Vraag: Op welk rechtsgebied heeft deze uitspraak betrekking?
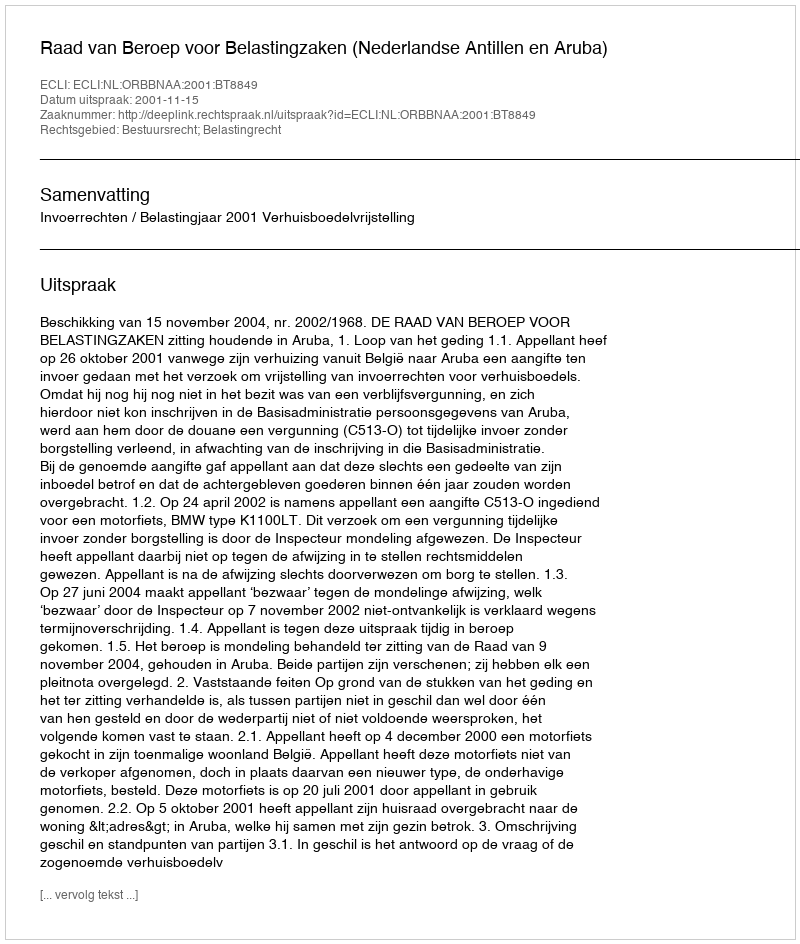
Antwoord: Bestuursrecht; Belastingrecht